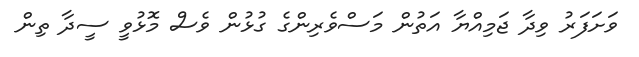
ވަށަފަރު ވިދާ ޖަމިއްޔާ އަތުން މަސްވެރިންގެ ގުޅުން ވެސް މޮޅުވީ ސީދާ ތިން